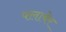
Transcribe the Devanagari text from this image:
फ्लाबेर